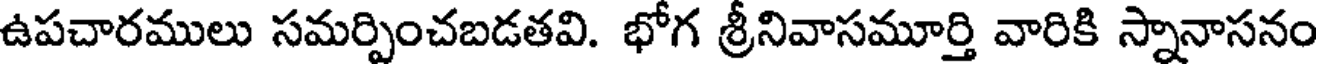
ఉపచారములు సమర్పించబడతవి. భోగ శ్రీనివాసమూర్తి వారికి స్నానాసనం